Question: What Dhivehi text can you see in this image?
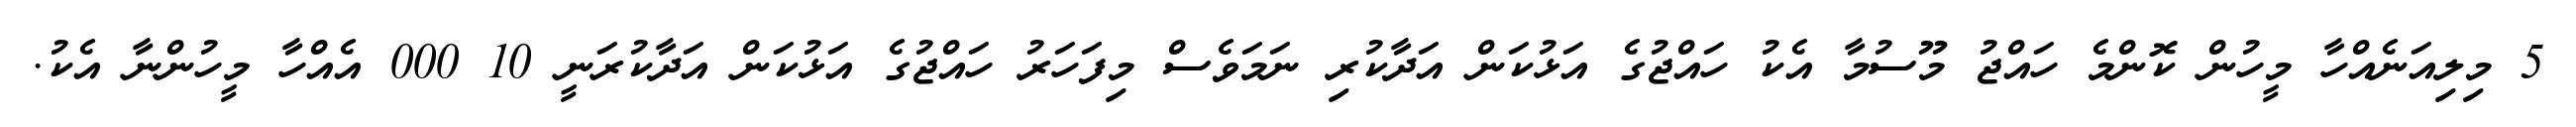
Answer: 5 މިލިއަނެއްހާ މީހުން ކޮންމެ ހައްޖު މޫސުމާ އެކު ހައްޖުގެ އަޅުކަން އަދާކުރި ނަމަވެސް މިފަހަރު ހައްޖުގެ އަޅުކަން އަދާކުރަނީ 10 000 އެއްހާ މީހުންނާ އެކު.